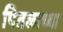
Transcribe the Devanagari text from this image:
पितळाच्या